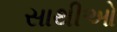
સાથીઓ